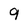
Character: 9